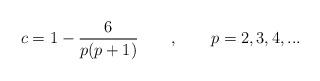
LaTeX: \begin{align*}c=1-\frac{6}{p(p+1)}\qquad ,\qquad p=2,3,4,...\end{align*}